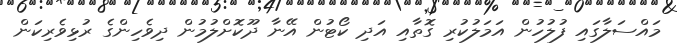
މައްސަލާގައި ފުލުހުން އަމަލުކުރި ގޮތާއި އަދި ކޯޓުން އޭނާ ދޫކޮށްލުމުން ދިވެހިންގެ ރުޅިވެރިކަން